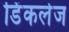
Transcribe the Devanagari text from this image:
डिंकलेज